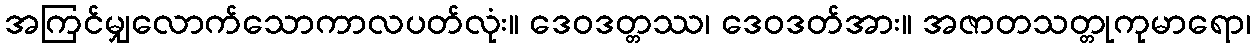
အကြင်မျှလောက်သောကာလပတ်လုံး။ ဒေဝဒတ္တဿ၊ ဒေဝဒတ်အား။ အဇာတသတ္တုကုမာရော၊